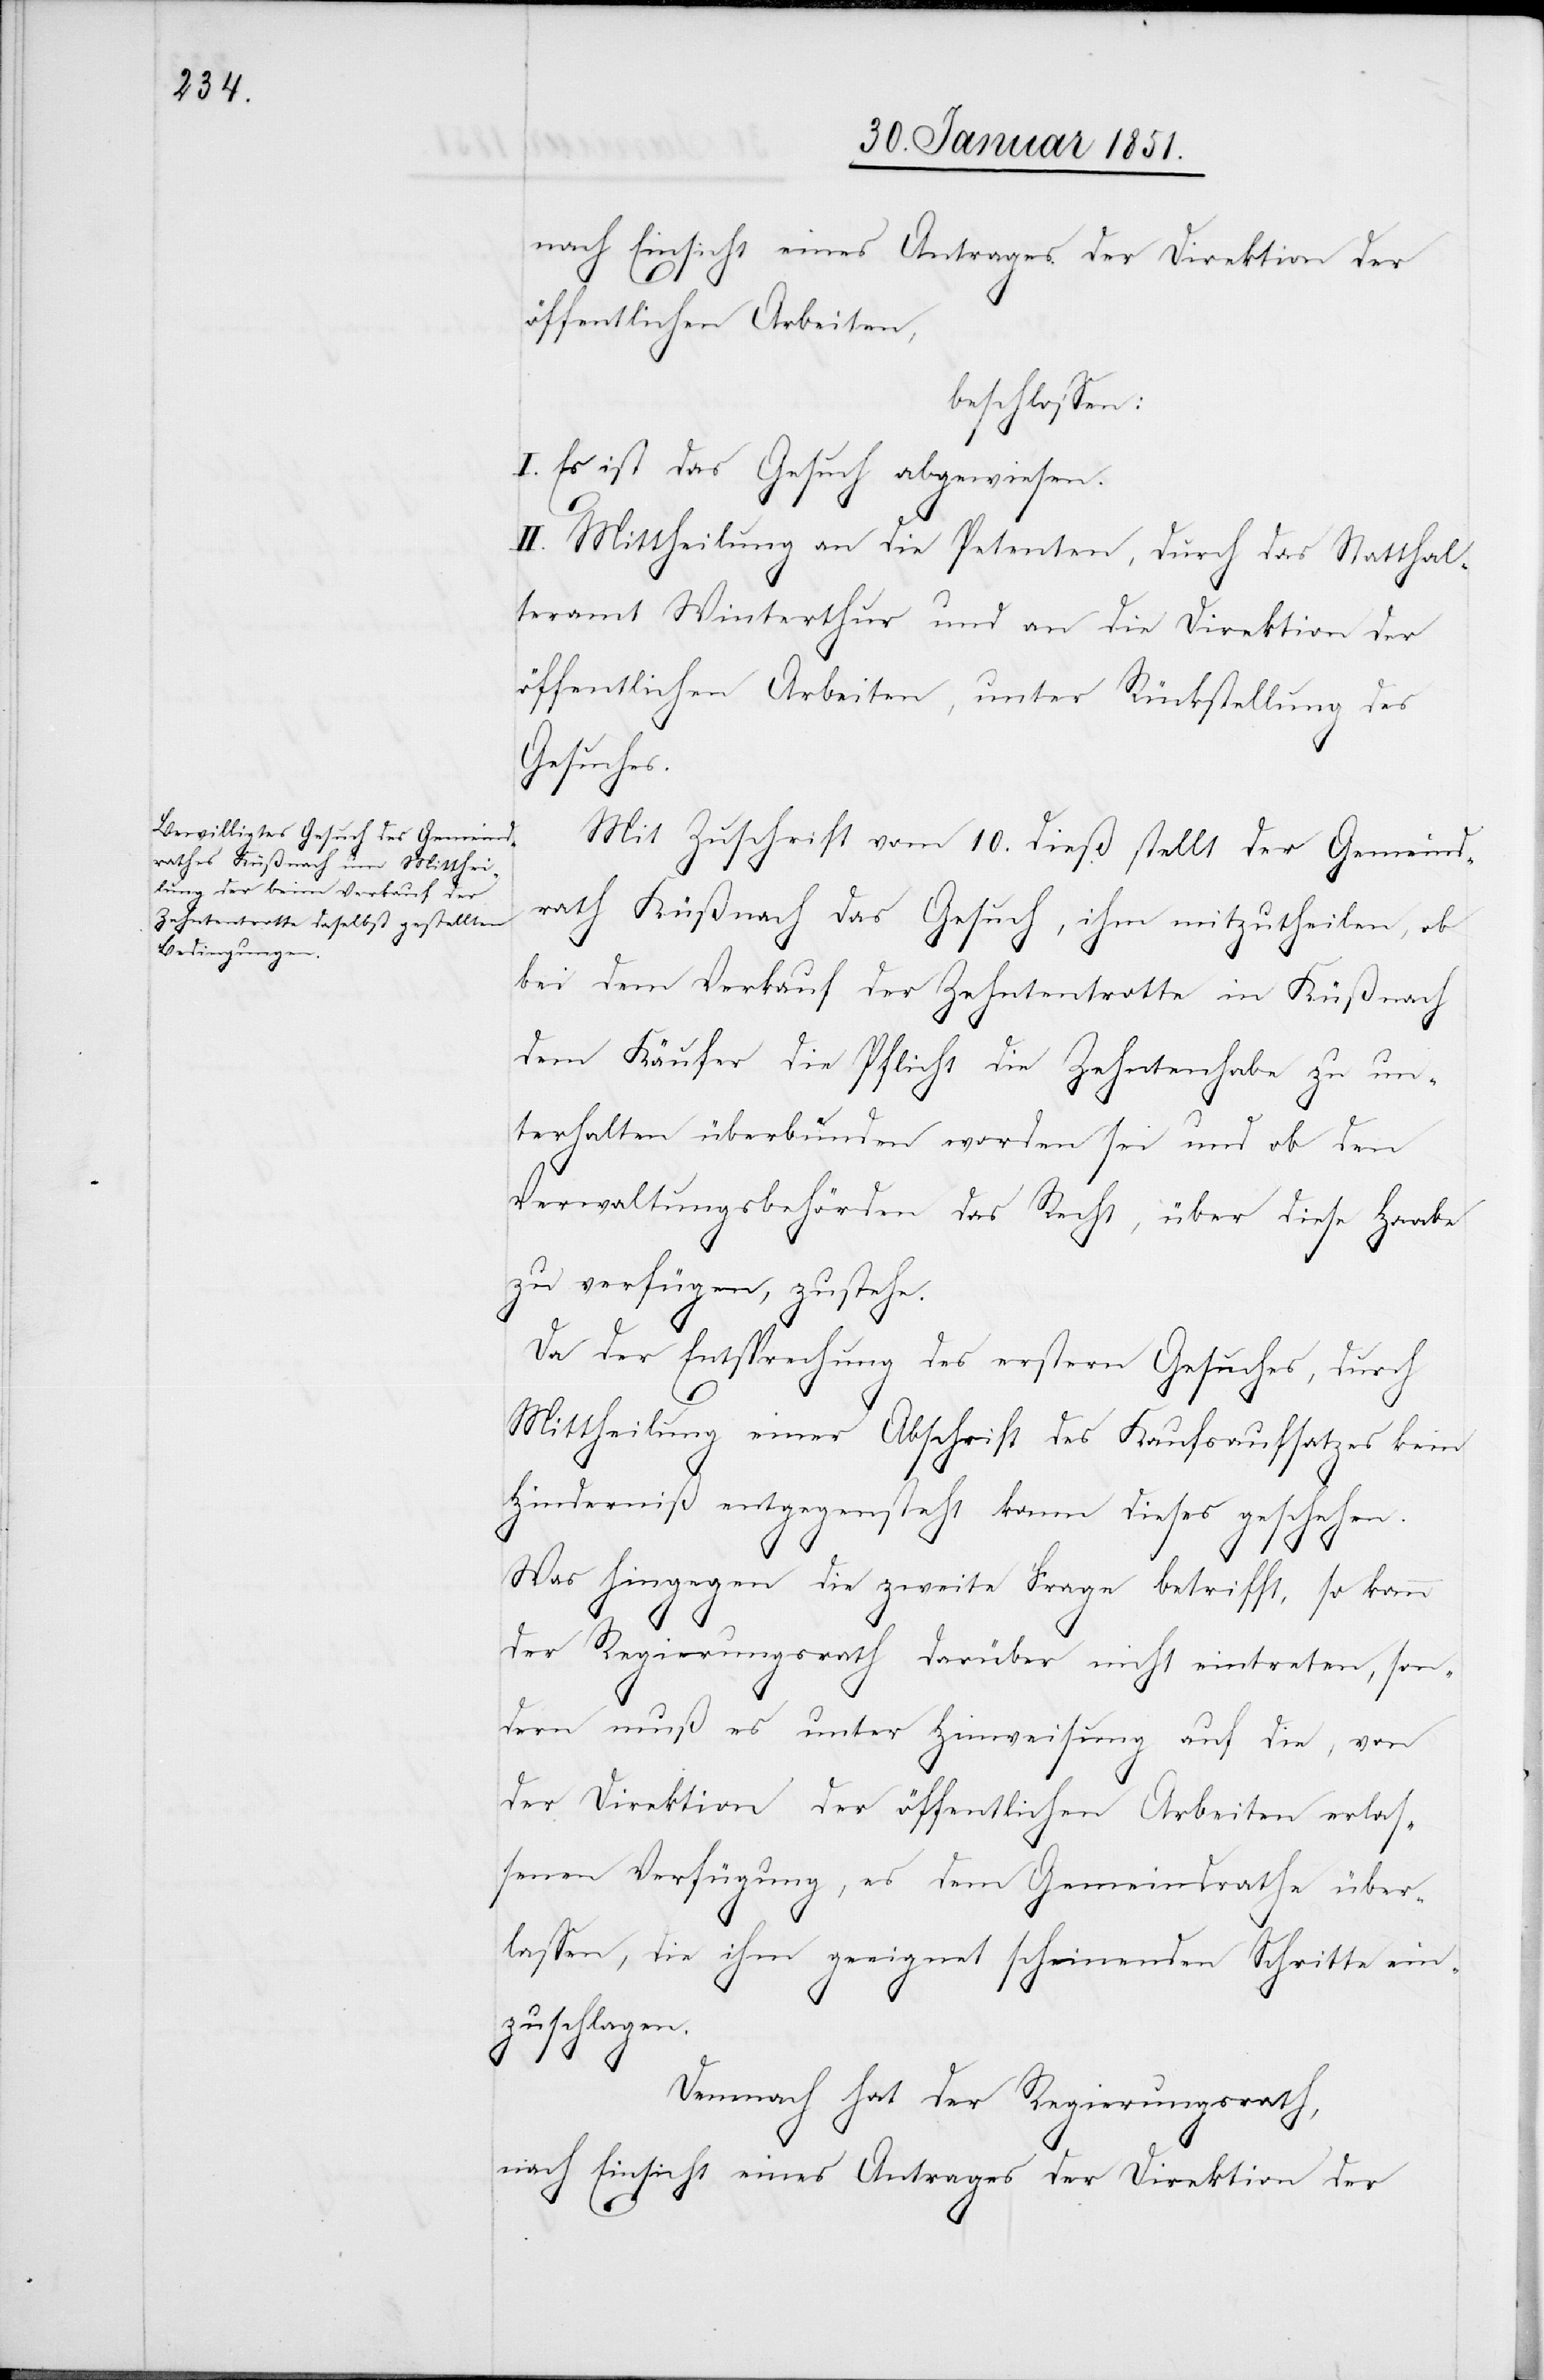
nach Einsicht eines Antrages der Direktion der
öffentlichen Arbeiten,
beschlossen:
I. Es ist das Gesuch abgewiesen.
II. Mittheilung an die Petenten, durch das Statthal¬
teramt Winterthur und an die Direktion der
öffentlichen Arbeiten, unter Rückstellung des
lassen
Mit Zuschrift vom 10. dieß stellt der Gemeind¬
rath Küßnach[t] das Gesuch, ihm mitzutheilen, ob
bei dem Verkauf der Zehntentrotte in Küßnac¬
dem Käufer die Pflicht die Zehntenhabe zu un¬
terhalten überbunden worden sei und ob den
Verwaltungsbehörden das Recht, über diese Haabe
zu verfügen, zustehe.
Da der Entsprechung des erstern Gesuches, durch
Mittheilung einer Abschrift des Kaufsaufsatzes kein
Hinderniß entgegensteht kann dieses geschehen.
Was hingegen die zweite Frage betrifft, so kann
der Regierungsrath darüber nicht eintreten, son¬
dern muß es unter Hinweisung auf die, von
der Direktion der öffentlichen Arbeiten erlas¬
senen Verfügung, es dem Gemeindrathe über¬
[sic!], die ihm geeignet scheinenden Schritte ein¬
zuschlagen.
h[t]
Demnach hat der Regierungsrath,
nach Einsicht eines Antrages der Direktion der